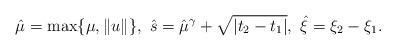
LaTeX: \begin{align*}{\hat \mu}=\max\{\mu,\|u\|\},\,\, {\hat s}={\hat \mu}^{\gamma}+\sqrt{|t_2-t_1|},\,\, {\hat \xi}=\xi_2-\xi_1.\end{align*}